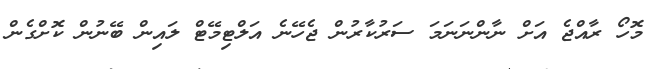
މޮހޯ ރާއްޖެ އަށް ނާންނަނަމަ ސަރުކާރުން ޖެހޭނެ އަލްޓިމޭޓް ލައިން ބޭނުން ކޮށްގެން